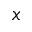
x